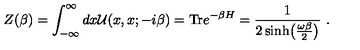
Z ( \beta ) = \int _ { - \infty } ^ { \infty } d x { \cal U } ( x , x ; - i \beta ) = \mathrm { T r } e ^ { - \beta H } = { \frac { 1 } { 2 \sinh \bigl ( { \frac { \omega \beta } { 2 } } \bigr ) } } \ .